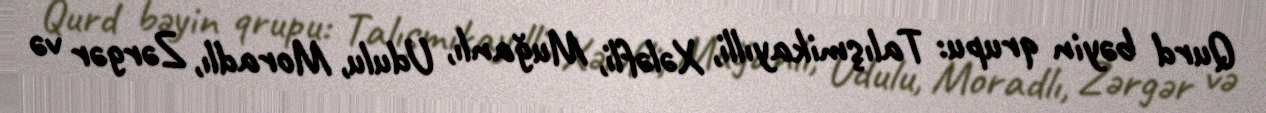
Qurd bəyin qrupu: Talışmikayılli, Xələfli, Muğanlı, Udulu, Moradlı, Zərgər və